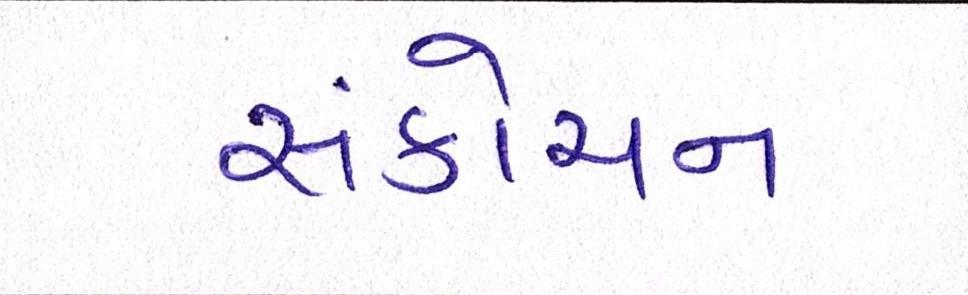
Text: સંકોચન